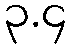
၃.၄